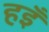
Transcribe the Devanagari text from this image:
हइँ